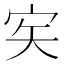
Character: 𡧦